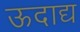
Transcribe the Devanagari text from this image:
ऊदाद्य